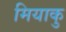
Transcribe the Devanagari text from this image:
मियाकु